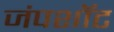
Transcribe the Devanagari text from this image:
जंपशॉट